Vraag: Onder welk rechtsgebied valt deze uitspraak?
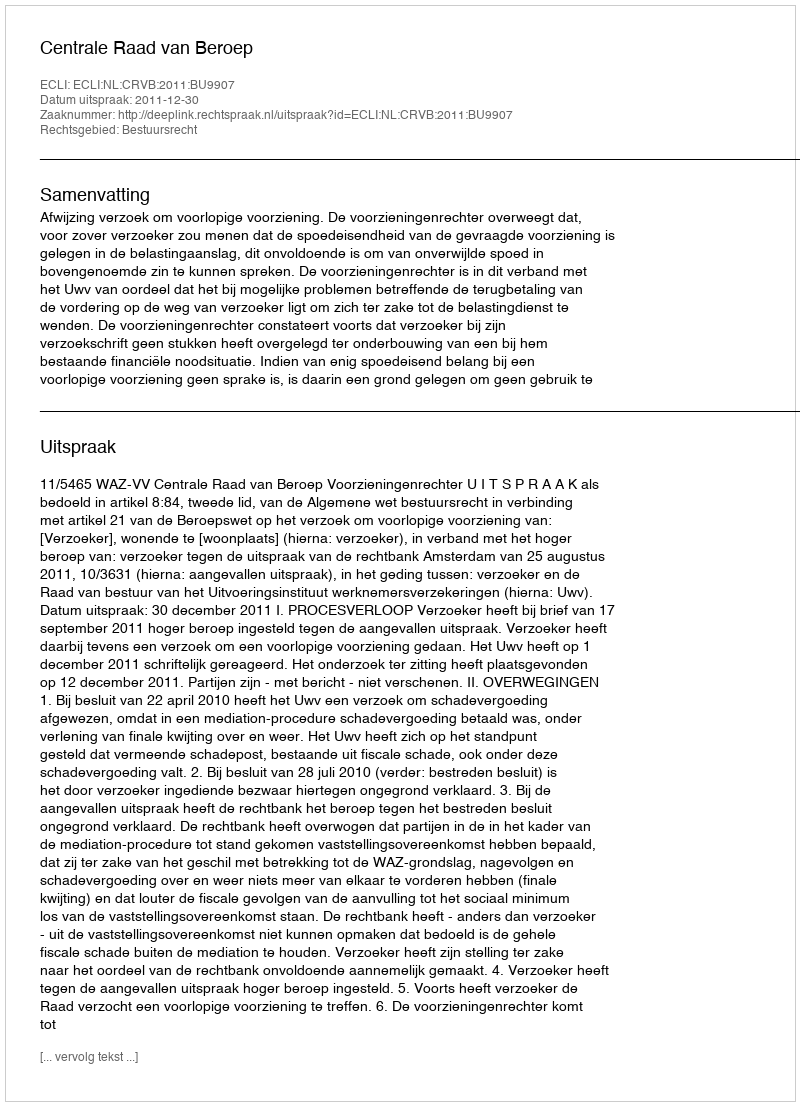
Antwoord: Bestuursrecht